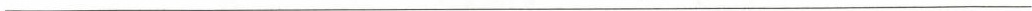
___